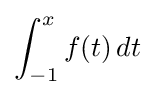
\int _{-1}^{x}f(t)\,dt